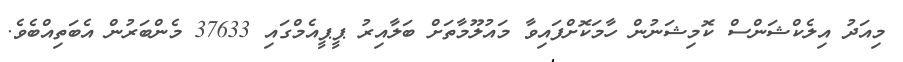
މިއަދު އިލެކްޝަންސް ކޮމިޝަނުން ހާމަކޮށްފައިވާ މައުލޫމާތަށް ބަލާއިރު ޕީޕީއެމްގައި 37633 މެންބަރުން އެބަތިއްބެވެ.